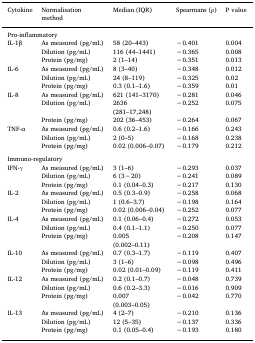
<table><thead><tr><td><b>Cytokine</b></td><td><b>Normalisation method</b></td><td><b>Median (IQR)</b></td><td><b>Spearmans (ρ)</b></td><td><b>P value</b></td></tr></thead><tbody><tr><td colspan="5">Pro-inflammatory</td></tr><tr><td rowspan="3">IL-1β</td><td>As measured (pg/mL)</td><td>58 (20–443)</td><td>−0.401</td><td>0.004</td></tr><tr><td>Dilution (pg/mL)</td><td>116 (44–1441)</td><td>−0.365</td><td>0.008</td></tr><tr><td>Protein (pg/mg)</td><td>2 (1–14)</td><td>−0.351</td><td>0.013</td></tr><tr><td rowspan="3">IL-6</td><td>As measured (pg/mL)</td><td>8 (3–40)</td><td>−0.348</td><td>0.012</td></tr><tr><td>Dilution (pg/mL)</td><td>24 (8–119)</td><td>−0.325</td><td>0.02</td></tr><tr><td>Protein (pg/mg)</td><td>0.3 (0.1–1.6)</td><td>−0.359</td><td>0.01</td></tr><tr><td rowspan="3">IL-8</td><td>As measured (pg/mL)</td><td>621 (141–3170)</td><td>−0.281</td><td>0.046</td></tr><tr><td>Dilution (pg/mL)</td><td>2636 (281–17,248)</td><td>−0.252</td><td>0.075</td></tr><tr><td>Protein (pg/mg)</td><td>202 (36–453)</td><td>−0.264</td><td>0.067</td></tr><tr><td rowspan="3">TNF-α</td><td>As measured (pg/mL)</td><td>0.6 (0.2–1.6)</td><td>−0.166</td><td>0.243</td></tr><tr><td>Dilution (pg/mL)</td><td>2 (0–5)</td><td>−0.168</td><td>0.238</td></tr><tr><td>Protein (pg/mg)</td><td>0.02 (0.006–0.07)</td><td>−0.179</td><td>0.212</td></tr><tr><td colspan="5">  </td></tr><tr><td colspan="5">Immuno-regulatory</td></tr><tr><td rowspan="3">IFN-γ</td><td>As measured (pg/mL)</td><td>3 (1–6)</td><td>−0.293</td><td>0.037</td></tr><tr><td>Dilution (pg/mL)</td><td>6 (3−20)</td><td>−0.241</td><td>0.089</td></tr><tr><td>Protein (pg/mg)</td><td>0.1 (0.04–0.3)</td><td>−0.217</td><td>0.130</td></tr><tr><td rowspan="3">IL-2</td><td>As measured (pg/mL)</td><td>0.5 (0.3–0.9)</td><td>−0.258</td><td>0.068</td></tr><tr><td>Dilution (pg/mL)</td><td>1 (0.6–3.7)</td><td>−0.198</td><td>0.164</td></tr><tr><td>Protein (pg/mg)</td><td>0.02 (0.006–0.04)</td><td>−0.252</td><td>0.077</td></tr><tr><td rowspan="3">IL-4</td><td>As measured (pg/mL)</td><td>0.1 (0.06–0.4)</td><td>−0.272</td><td>0.053</td></tr><tr><td>Dilution (pg/mL)</td><td>0.4 (0.1–1.1)</td><td>−0.250</td><td>0.077</td></tr><tr><td>Protein (pg/mg)</td><td>0.005 (0.002–0.11)</td><td>−0.208</td><td>0.147</td></tr><tr><td rowspan="3">IL-10</td><td>As measured (pg/mL)</td><td>0.7 (0.3–1.7)</td><td>−0.119</td><td>0.407</td></tr><tr><td>Dilution (pg/mL)</td><td>3 (1–6)</td><td>−0.098</td><td>0.496</td></tr><tr><td>Protein (pg/mg)</td><td>0.02 (0.01–0.09)</td><td>−0.119</td><td>0.411</td></tr><tr><td rowspan="3">IL-12</td><td>As measured (pg/mL)</td><td>0.2 (0.1–0.7)</td><td>−0.048</td><td>0.739</td></tr><tr><td>Dilution (pg/mL)</td><td>0.6 (0.2–3.3)</td><td>−0.016</td><td>0.909</td></tr><tr><td>Protein (pg/mg)</td><td>0.007 (0.003–0.05)</td><td>−0.042</td><td>0.770</td></tr><tr><td rowspan="3">IL-13</td><td>As measured (pg/mL)</td><td>4 (2–7)</td><td>−0.210</td><td>0.136</td></tr><tr><td>Dilution (pg/mL)</td><td>12 (5–35)</td><td>−0.137</td><td>0.336</td></tr><tr><td>Protein (pg/mg)</td><td>0.1 (0.05–0.4)</td><td>−0.193</td><td>0.180</td></tr></tbody></table>